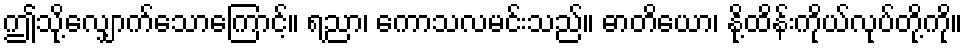
ဤသို့လျှောက်သောကြောင့်။ ရညာ၊ ကောသလမင်းသည်။ ဓာတိယော၊ နို့ထိန်းကိုယ်လုပ်တို့ကို။